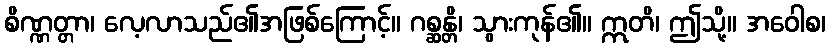
စိဏ္ဏတ္တာ၊ လေ့လာသည်၏အဖြစ်ကြောင့်။ ဂစ္ဆန္တိ၊ သွားကုန်၏။ ဣတိ၊ ဤသို့။ အဝေါစ၊